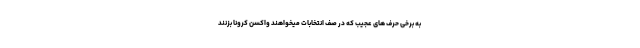
به برخی حرف های عجیب که در صف انتخابات میخواهند واکسن کرونا بزنند